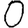
Digit: 0